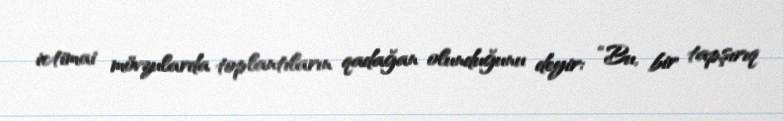
ictimai mövzularda toplantıların qadağan olunduğunu deyir: “Bu, bir tapşırıq